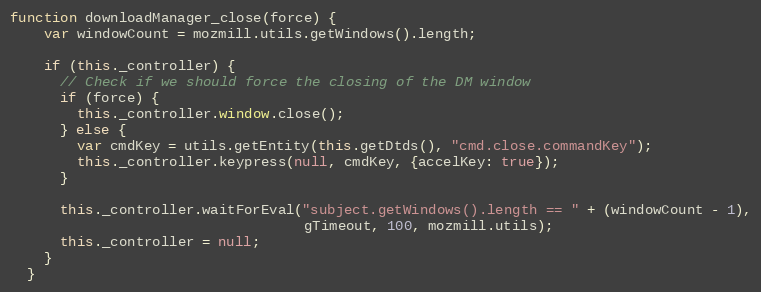
Language: JavaScript
function downloadManager_close(force) {
    var windowCount = mozmill.utils.getWindows().length;

    if (this._controller) {
      // Check if we should force the closing of the DM window
      if (force) {
        this._controller.window.close();
      } else {
        var cmdKey = utils.getEntity(this.getDtds(), "cmd.close.commandKey");
        this._controller.keypress(null, cmdKey, {accelKey: true});
      }

      this._controller.waitForEval("subject.getWindows().length == " + (windowCount - 1),
                                   gTimeout, 100, mozmill.utils);
      this._controller = null;
    }
  }